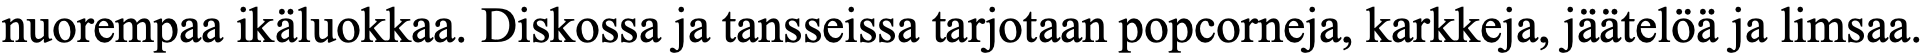
nuorempaa ikäluokkaa. Diskossa ja tansseissa tarjotaan popcorneja, karkkeja, jäätelöä ja limsaa.